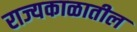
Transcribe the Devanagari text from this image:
राज्यकाळातील